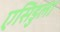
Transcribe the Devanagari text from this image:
एसिडुला